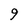
Character: 9